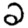
Digit: 2